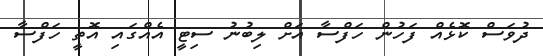
ދުވަސް ކޮޅެއް ފަހުން ހަފްސާ އަށް ލިބުނު ސިޓީ އެއްގައި އޮތީ ހަފްސާ